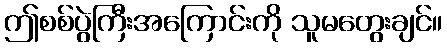
ဤစစ်ပွဲကြီးအကြောင်းကို သူမတွေးချင်။